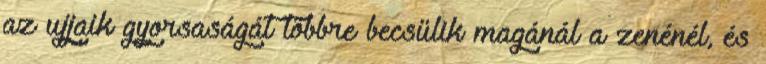
az ujjaik gyorsaságát többre becsülik magánál a zenénél, és